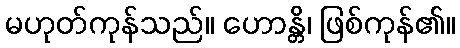
မဟုတ်ကုန်သည်။ ဟောန္တိ၊ ဖြစ်ကုန်၏။